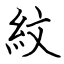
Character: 紋